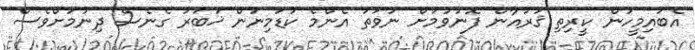
އެބައިމީހުން ކީރިތި ޤުރުއާން ފޮނުވުމަށް ނުވަތަ އެންމެ ކުޑަމިނުން ޚަބަރު ގެނެސް ދިނުމަށްވެސް